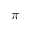
\pi